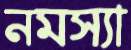
নমস্যা